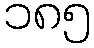
၁၈၅